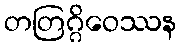
တတြဂ္ဂိဝေဿန